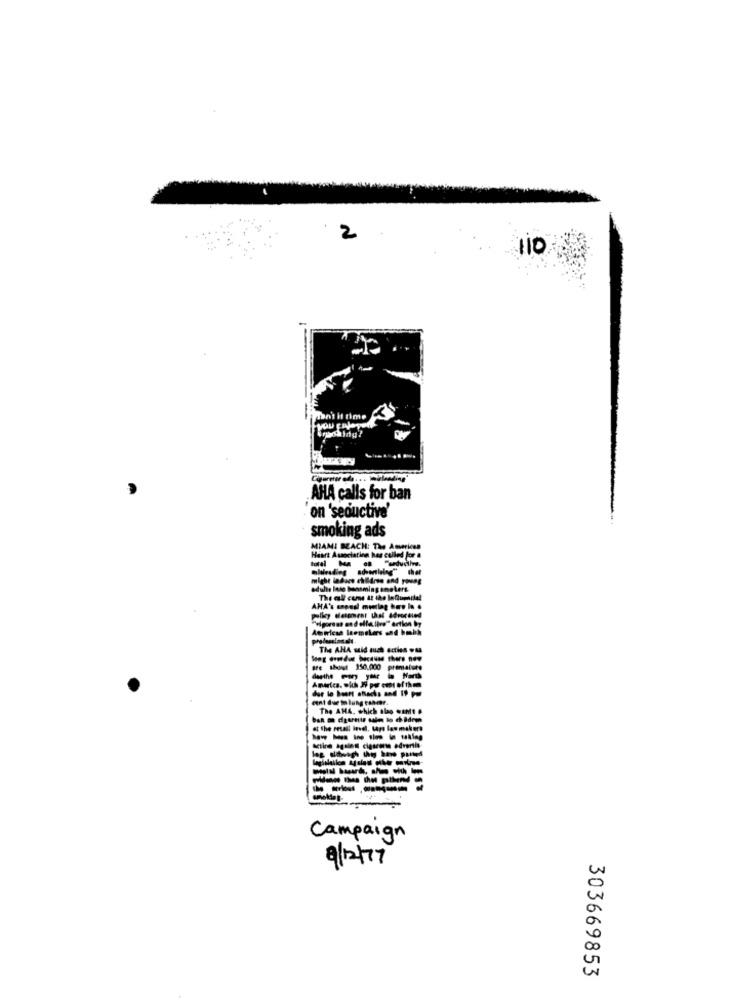
2
110
Isn't it time
AHA calls for ban
"on "seductive'
smoking ads
MIAMI BEACH: The American
Heart Association has called for a
total MA
hlavadieg advertlelng" thet
might ladure children and young
adults loso benaming smokers.
The call cums at the in Gumila!
vigorant end elle live" ertion by
The AHA stid auch acties was
tre shot 150.000 premature
America, wich 39 por cos of them
der lo buurt attacks and 19 pm
cent due to lung cancer.
The AHA, which alap want .
at the Peuall invel, Layo lawmakers
----
Campaign
9/12/77
0
00
303669853